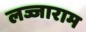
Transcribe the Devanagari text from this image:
लज्जाराम